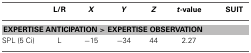
<table><thead><tr><td></td><td><b>L/R</b></td><td><b><i>X</i></b></td><td><b><i>Y</i></b></td><td><b><i>Z</i></b></td><td><b><i>t</i>-value</b></td><td><b>SUIT</b></td></tr></thead><tbody><tr><td colspan="7"><b>EXPERTISE ANTICIPATION &gt; EXPERTISE OBSERVATION</b></td></tr><tr><td>SPL (5 Ci)</td><td>L</td><td>−15</td><td>−34</td><td>44</td><td>2.27</td><td></td></tr></tbody></table>